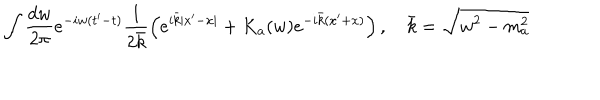
LaTeX: \int \frac { d w } { 2 \pi } e ^ { - i w ( t ^ { \prime } - t ) } \frac { 1 } { 2 \bar { k } } \left( e ^ { i \bar { k } | x ^ { \prime } - x | } + K _ { a } ( w ) e ^ { - i \bar { k } ( x ^ { \prime } + x ) } \right) , ~ \bar { k } = \sqrt { w ^ { 2 } - m _ { a } ^ { 2 } }